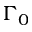
\Gamma _ { 0 }